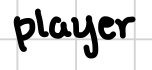
Text: player
Cross-out: clean
Writing tool: digital_black